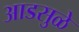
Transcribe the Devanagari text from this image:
आडसुळे